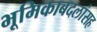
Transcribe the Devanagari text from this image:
भूमिकाबदलांसह